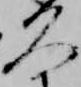
久